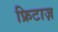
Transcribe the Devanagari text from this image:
फ्रिटाज़